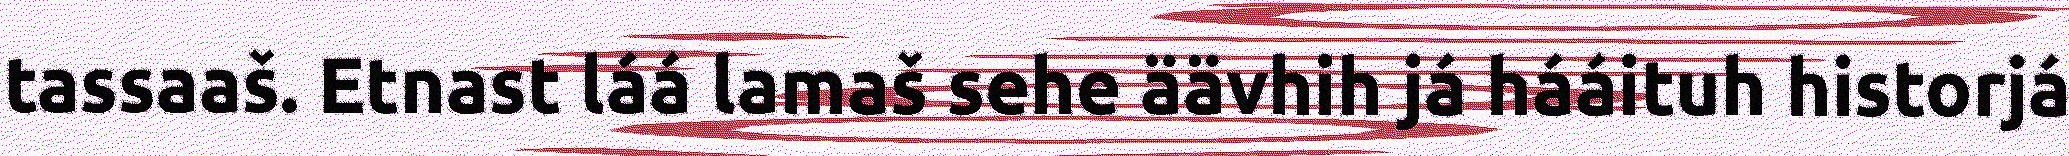
tassaaš. Etnast láá lamaš sehe äävhih já hááituh historjá